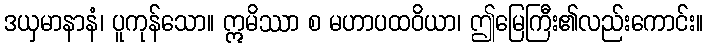
ဒယှမာနာနံ၊ ပူကုန်သော။ ဣမိဿာ စ မဟာပထဝိယာ၊ ဤမြေကြီး၏လည်းကောင်း။